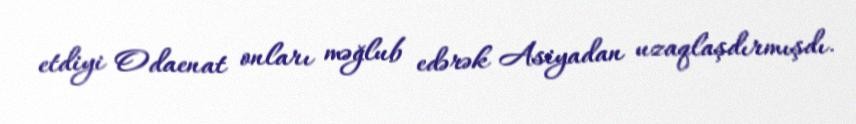
etdiyi Odaenat onları məğlub edərək Asiyadan uzaqlaşdırmışdı.